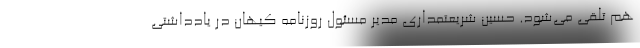
هم تلقی می‌شود. حسین شریعتمداری مدیر مسئول روزنامه کیهان در یادداشتی